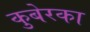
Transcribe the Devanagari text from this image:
कुबेरका